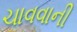
ચાવવાની